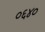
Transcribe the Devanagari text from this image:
०६४०